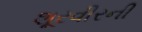
શૂરવીરની